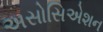
અસોસિએશન